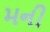
મની